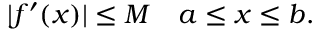
| f ^ { \prime } ( x ) | \leq M \quad a \leq x \leq b .